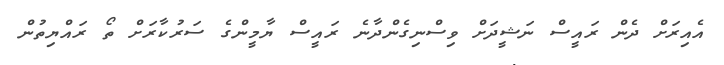
އެއިރަށް ދެން ރައީސް ނަޝީދަށް ވިސްނިގެންދާނެ ރައީސް ޔާމީންގެ ސަރުކާރަށް ތޯ ރައްޔިތުން